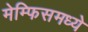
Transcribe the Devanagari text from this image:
मेम्फिसमध्ये